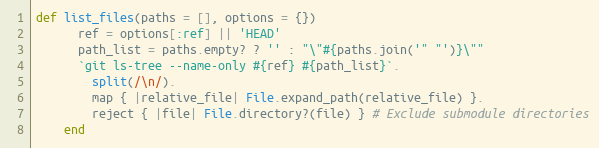
Language: Ruby
def list_files(paths = [], options = {})
      ref = options[:ref] || 'HEAD'
      path_list = paths.empty? ? '' : "\"#{paths.join('" "')}\""
      `git ls-tree --name-only #{ref} #{path_list}`.
        split(/\n/).
        map { |relative_file| File.expand_path(relative_file) }.
        reject { |file| File.directory?(file) } # Exclude submodule directories
    end